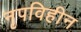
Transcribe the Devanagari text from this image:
नृपविहीन